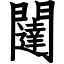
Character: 闥